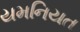
યમનિયત